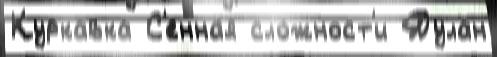
Куркавка С'енна́я сло́жност'и Дулан